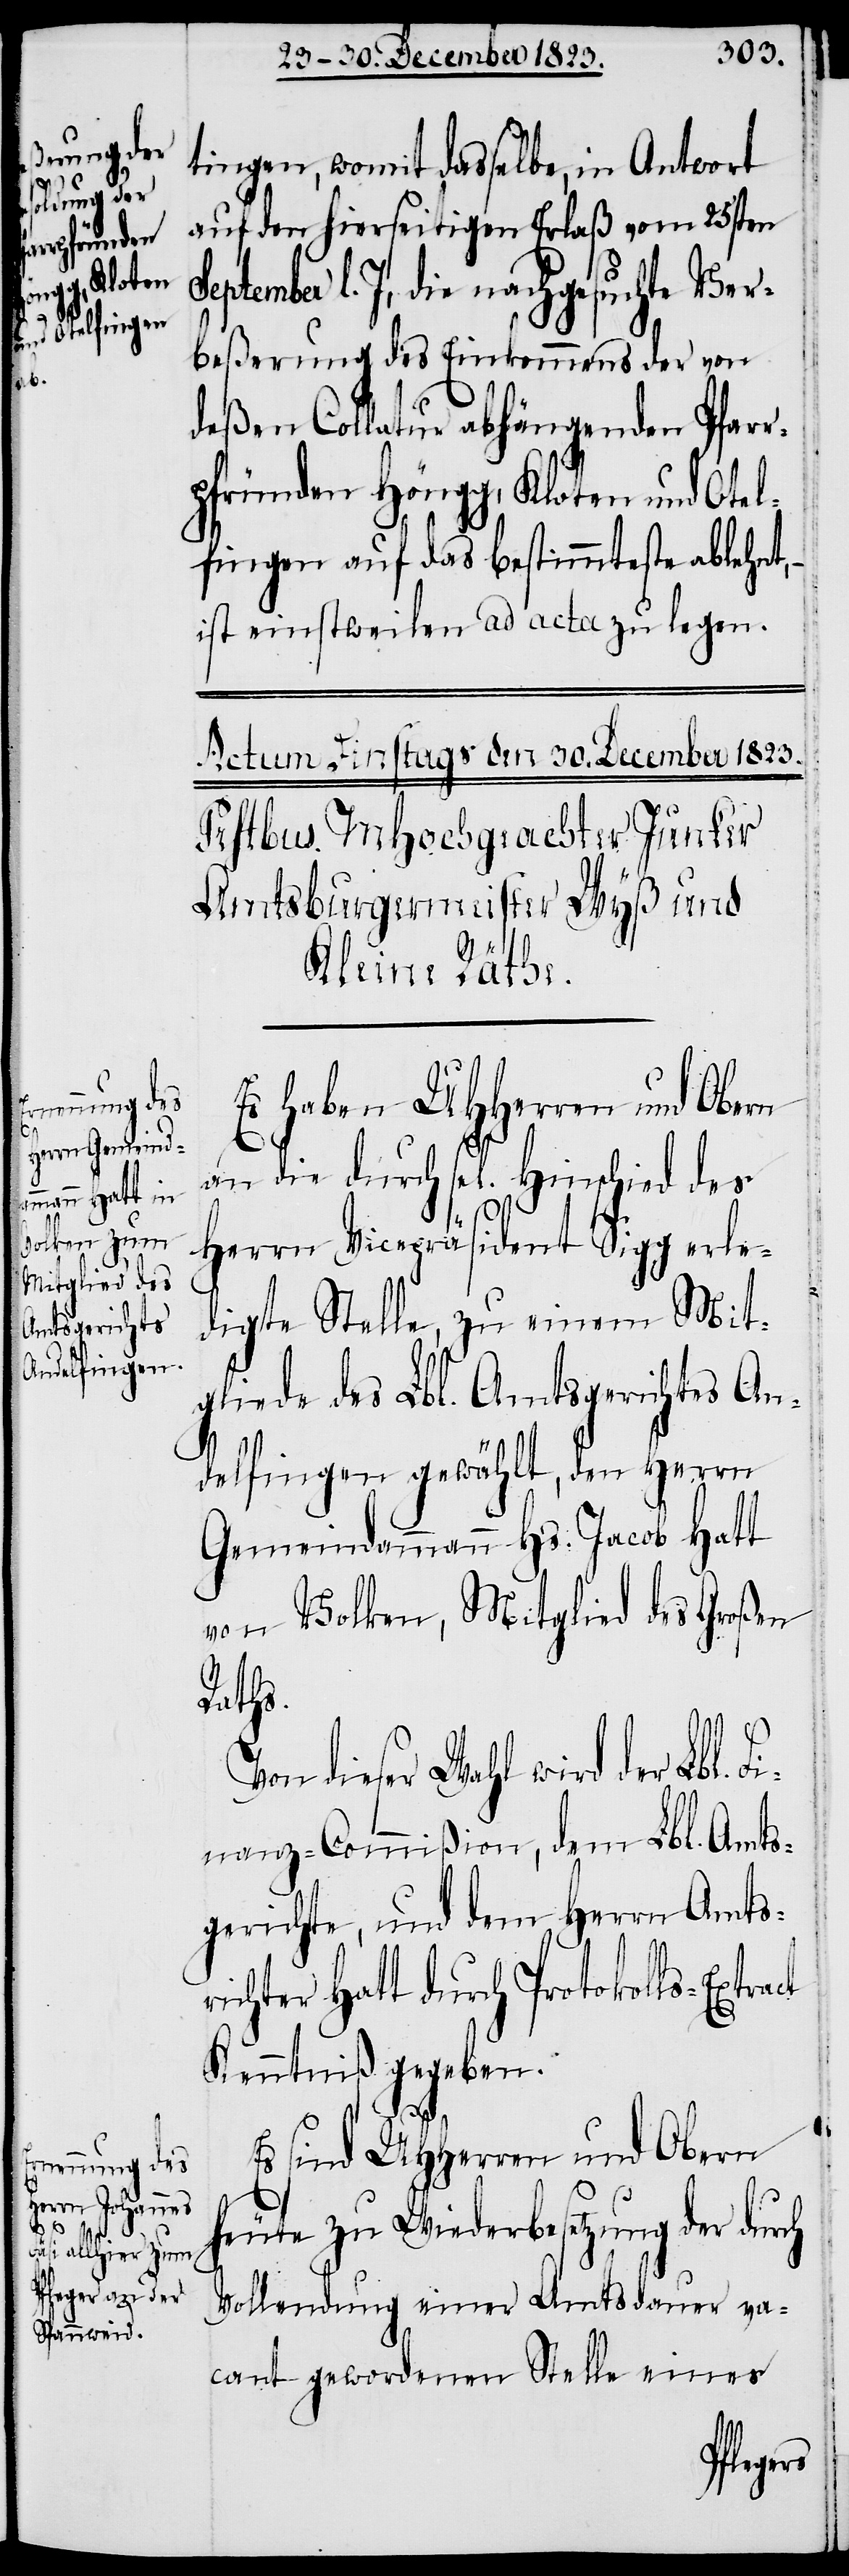
ct

tingen, womit dasselbe, in Antwort
auf den hierseitigen Erlaß vom 25sten
ptember l. J., die nachgesuchte Ver¬
beßerung des Einkommens der von
deßen Collatur abhängenden Pfarr¬
pfründen Höngg, Kloten und Otel¬
fingen auf das bestimmteste ablehnt,
ist einstweilen ad acta zu legen.
Es haben UHHerren und Obern
an die durch sel. Hinschied des
Herrn Vicepräsident Sigg erle¬
digte Stelle, zu einem Mit¬
gliede des Lbl. Amtsgerichtes An¬
delfingen gewählt, den Herrn
Gemeindammann Hs. Jacob Hatt
von Volken, Mitglied des Großen
Raths.
dieser Wahl wird der Lbl. F¬
inanz-Commißion, dem Lbl. Amts¬
gerichte, und dem Herrn Amtsr¬
ichter Hatt durch Protokolls-Extra¬
Kenntniß gegeben.
Es sind UHHerren und Obern
heute zu Wiederbesetzung der durch
Vollendung einer Amtsdauer va¬
cant gewordenen Stelle eines